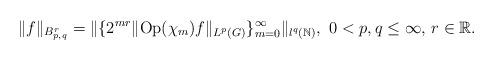
LaTeX: \begin{align*}\Vert f\Vert_{B^r_{p,q}}=\Vert \{2^{mr} \Vert \textnormal{Op}(\chi_{m})f \Vert_{L^p(G)}\}_{m=0}^{\infty} \Vert_{l^q(\mathbb{N})},\,\,0<p,q\leq \infty,\,r\in\mathbb{R}.\end{align*}